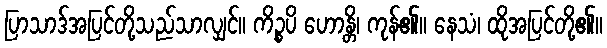
ပြာသာဒ်အပြင်တို့သည်သာလျှင်။ ကိဉ္စပိ ဟောန္တိ၊ ကုန်၏။ နေသံ၊ ထိုအပြင်တို့၏။